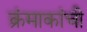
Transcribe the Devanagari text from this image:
क्रंमाकांची